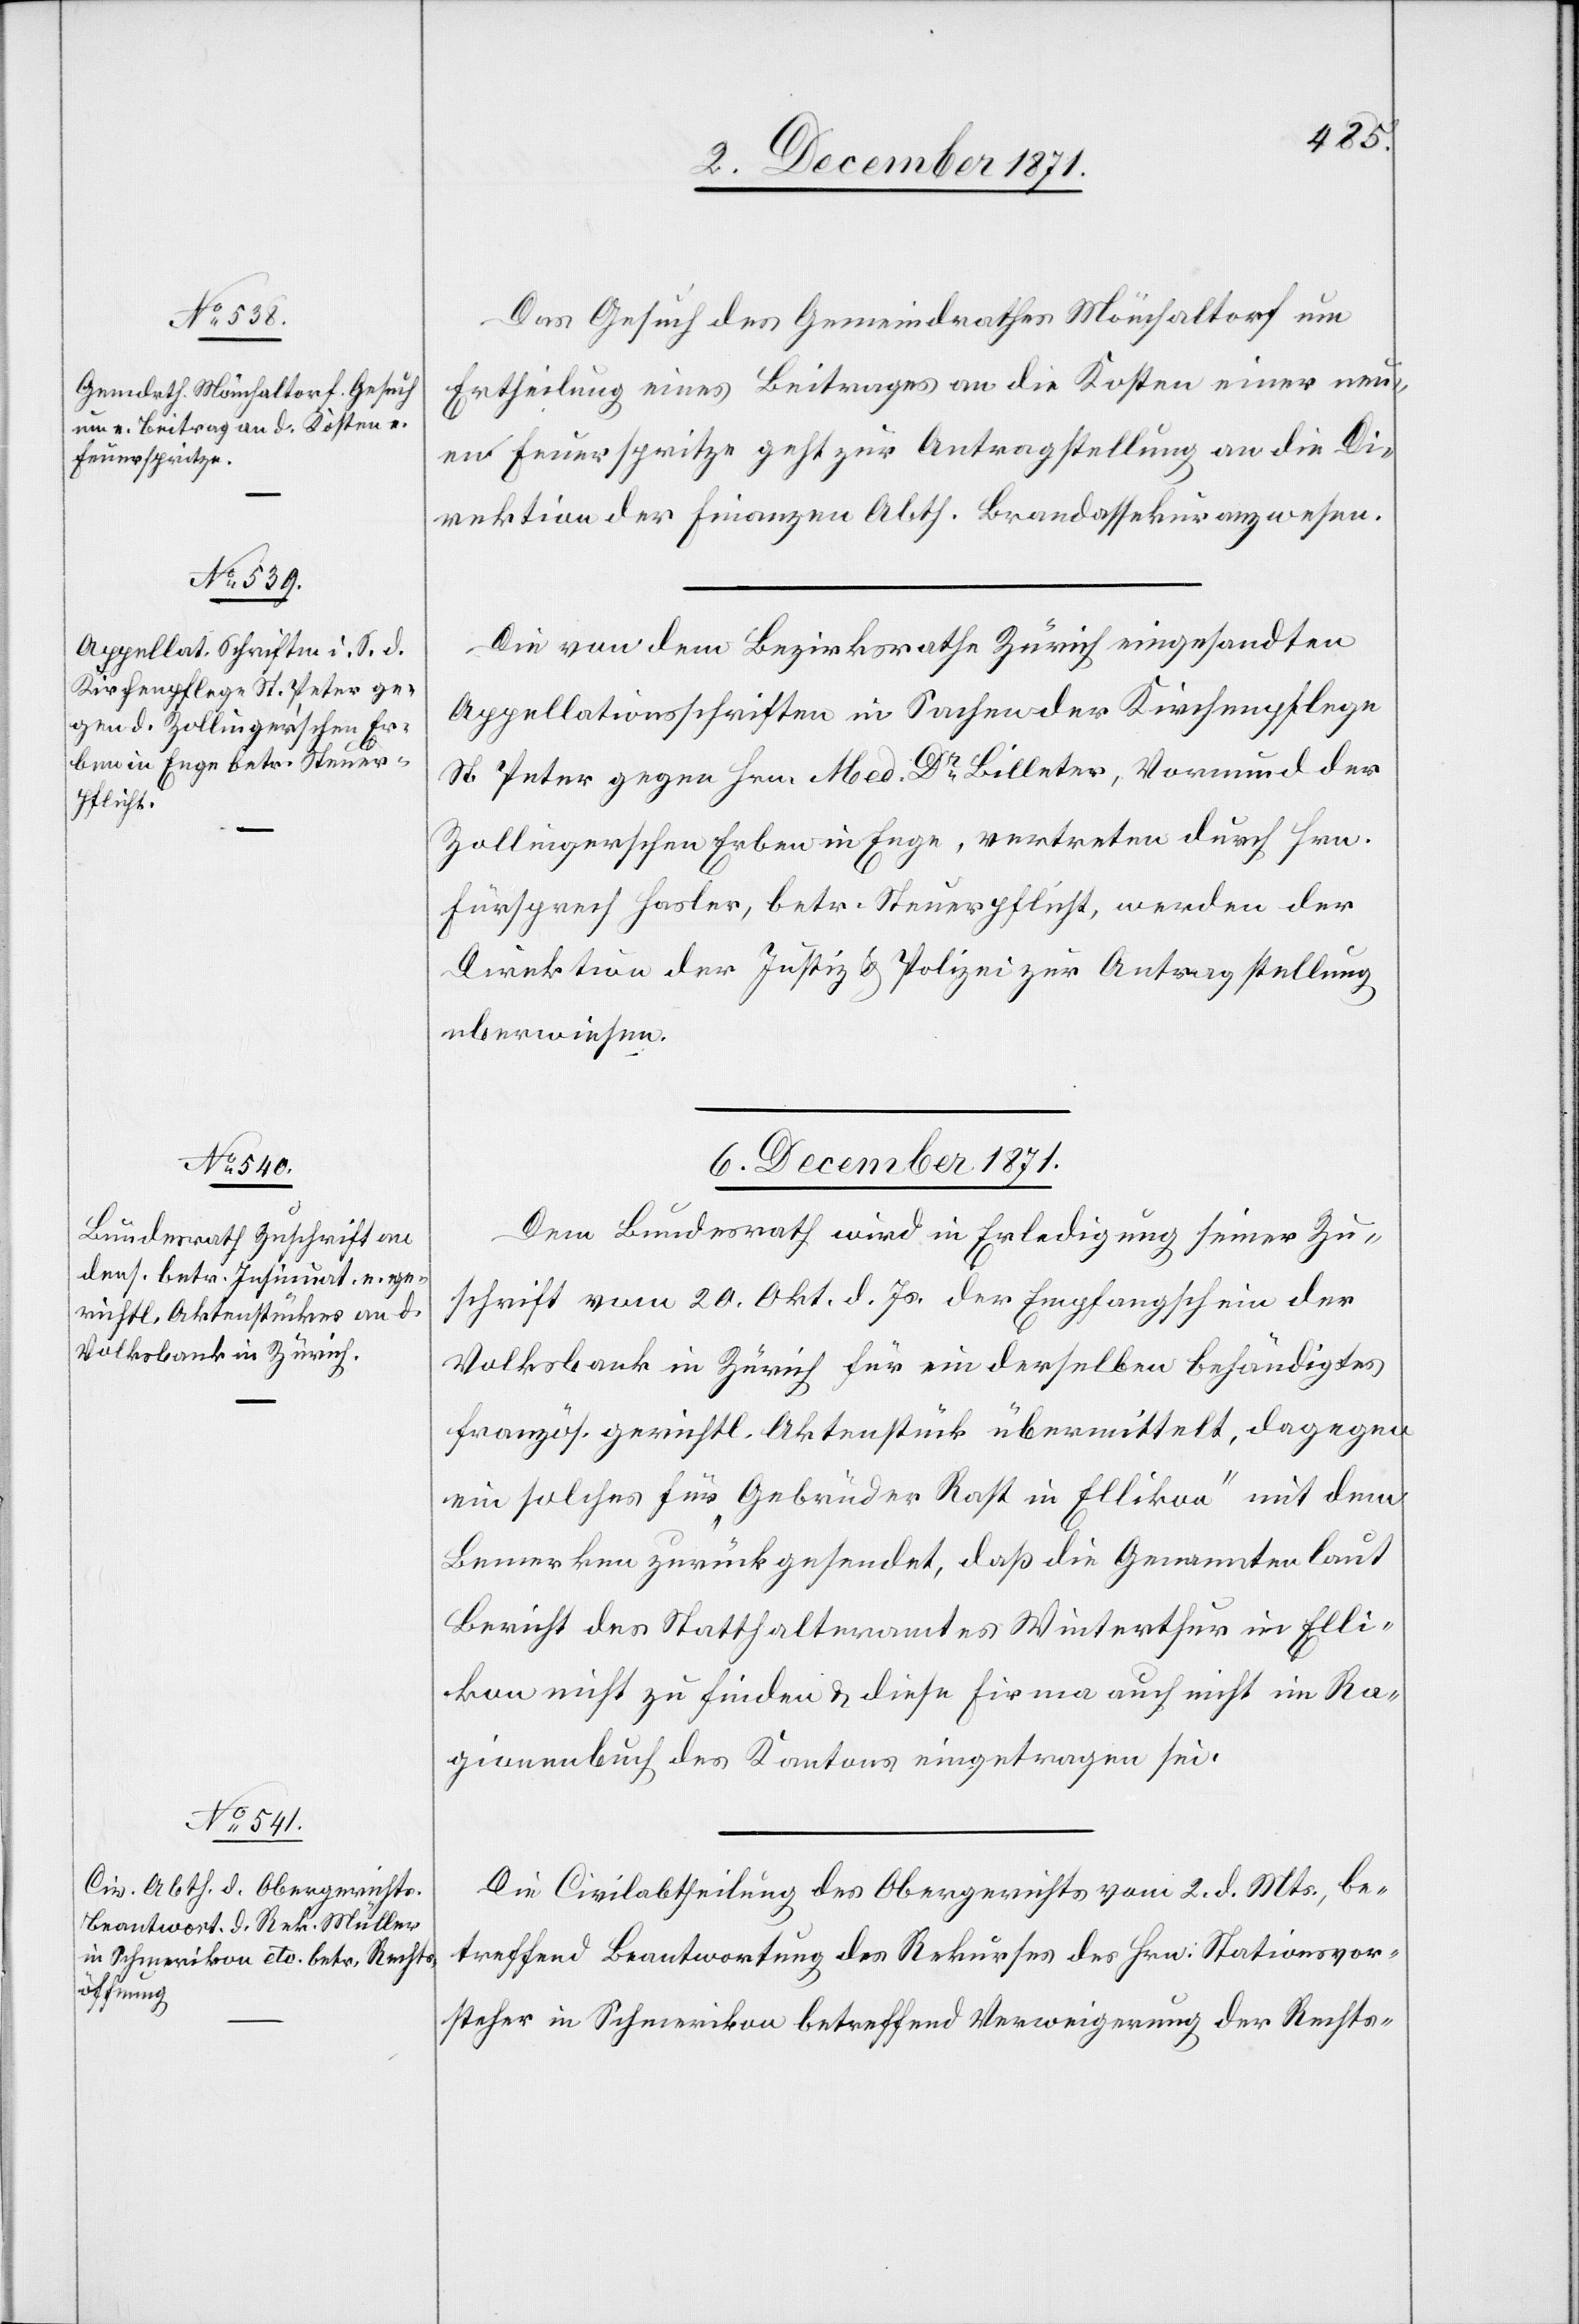
5. December 1871.]
Das Gesuch des Gemeindrathes Mönchaltorf um
Ertheilung eines Beitrages an die Kosten einer neu¬
en Feuerspritze geht zur Antragstellung an die Di¬
rektion der Finanzen Abth. Brandassekuranzwesen.
Die von dem Bezirksrathe Zürich eingesandten
Appellationsschriften in Sachen der Kirchenpflege
St. Peter gegen Hrn. Med. Dr. Billeter, Vormund der
Zollingerschen Erben in Enge, vertreten durch Hrn.
Fürsprech Hasler, betr. Steuerpflicht, werden der
Direktion der Justiz & Polizei zur Antragstellung
überwiesen.
6. December 1871.]
Dem Bundesrath wird in Erledigung seiner Zu¬
schrift vom 20. Okt. d. Js. der Empfangschein der
Volksbank in Zürich für ein derselben behändigtes
französ. gerichtl. Aktenstück übermittelt, dagegen
ein solches für „Gebrüder Rath in Ellikon“ mit dem
Bemerken zurückgesendet, daß die Genannte laut
Bericht des Statthalteramtes Winterthur in Elli¬
kon nicht zu finden & diese Firma auch nicht im Ra¬
gionenbuch des Kantons eingetragen sei.
Die Civilabtheilung des Obergerichts vom 2. d. Mts., be¬
treffend Beantwortung des Rekurses des Hrn. Stationsvor¬
steher in Schmerikon betreffend Verweigerung der Rechts-